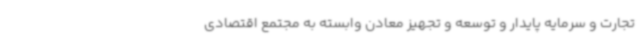
تجارت و سرمایه پایدار و توسعه و تجهیز معادن وابسته به مجتمع اقتصادی